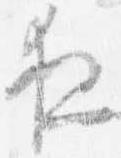
夜